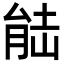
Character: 𮌛